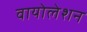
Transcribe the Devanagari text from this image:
वायोलेशन